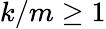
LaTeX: k/m\ge 1